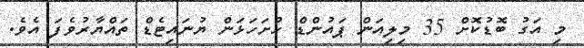
މި އަގު ބޮޑުކޮށް 35 މިލިއަން ޕައުންޑް ހުށަހަޅަން ޔުނައިޓެޑް ތައްޔާރުވެފަ އެވެ.